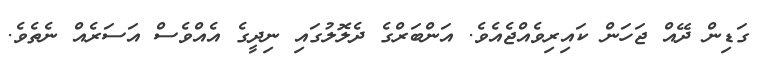
ގަޑިން ދޭއް ޖަހަން ކައިރިވެއްޖެއެވެ. އަންބަރްގެ ދެލޮލުގައި ނިދީގެ އެއްވެސް އަސަރެއް ނެތެވެ.